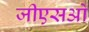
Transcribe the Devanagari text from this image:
जीएसओ